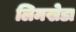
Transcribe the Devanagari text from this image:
लिमखेडा